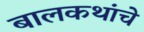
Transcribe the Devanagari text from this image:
बालकथांचे